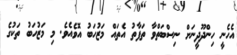
އެހެނީ ހިންދޫދީނަށް ނިސްބަތްވާ ތަފާތު އެތައް މަޒުހަބު އޮވެއެވެ. މި މަޒުހަބު ތަކުގެ